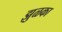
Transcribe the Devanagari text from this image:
झुळका